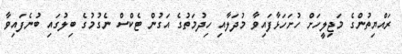
ރައްޔިތުންގެ މަޖިލީހަށް ހުށަހަޅާފައިވާ މުދަލާއި ހިދުމަތުގެ އަގުން ޓެކްސް ނެގުމުގެ ބިލުގައި ބުނެފައިވާ